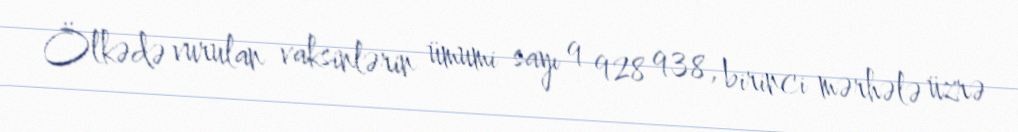
Ölkədə vurulan vaksinlərin ümumi sayı 9 928 938, birinci mərhələ üzrə